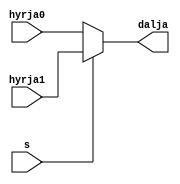
`timescale 1ns / 1ps
//////////////////////////////////////////////////////////////////////////////////
// Company: 
// Engineer: 
// 
// Design Name: 
// Module Name: mux2to1_24bit
// Project Name: 
// Target Devices: 
// Tool Versions: 
// Description: 
// 
// Dependencies: 
// 
// Revision:
// Revision 0.01 - File Created
// Additional Comments:
// 
//////////////////////////////////////////////////////////////////////////////////


module mux2to1_24bit(
input [23:0] hyrja0,
input [23:0] hyrja1,
input s,
output [23:0] dalja
    );
    
 assign dalja= s ? hyrja1 : hyrja0;   
    
endmodule